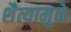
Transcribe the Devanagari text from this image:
शैत्यामुळे